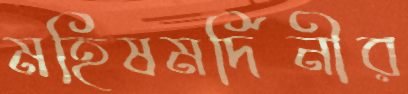
মহিষমর্দিনীর